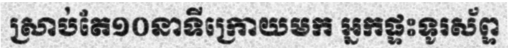
ស្រាប់តែ១០នាទីក្រោយមក អ្នកផ្ទះទូរស័ព្ទ